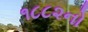
૧૮૮૨નો